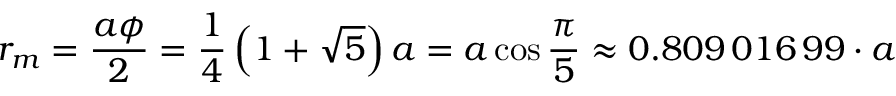
r _ { m } = { \frac { a \phi } { 2 } } = { \frac { 1 } { 4 } } \left( 1 + { \sqrt { 5 } } \right) a = a \cos { \frac { \pi } { 5 } } \approx 0 . 8 0 9 \, 0 1 6 \, 9 9 \cdot a